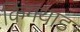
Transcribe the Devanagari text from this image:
किंगयाड